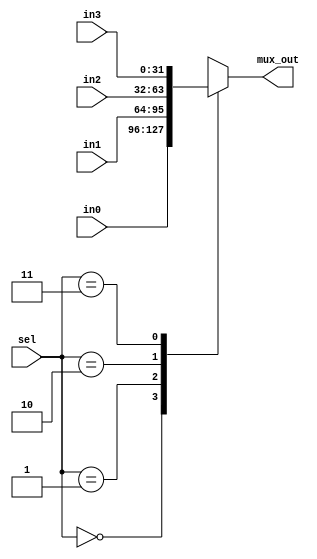
module multiplexor_4#(parameter WIDTH=32)(
	input wire [1:0]	sel,
	input wire [WIDTH-1:0] in0 ,
	input wire [WIDTH-1:0] in1,
    input wire [WIDTH-1:0] in2,
    input wire [WIDTH-1:0] in3,
	output reg [WIDTH-1:0] mux_out);
	
always @(*) begin
    case(sel)
    0:mux_out=in0;
    1:mux_out=in1;
    2:mux_out=in2;
    3:mux_out=in3;
    //default:mux_out=in2;
    endcase

end
	
endmodule